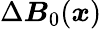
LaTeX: \Delta\boldsymbol{B}_{0}(\boldsymbol{x})